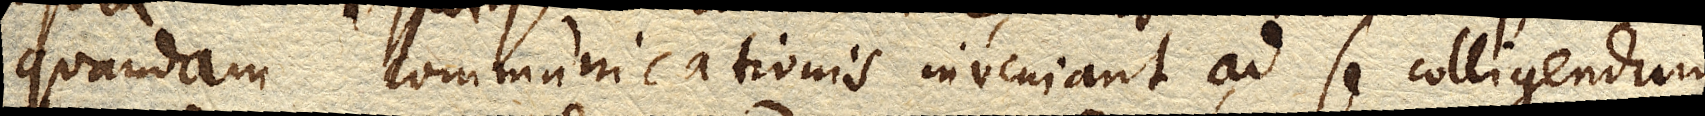
quandam communicationis inveniant ad se colligendum